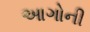
આગોની